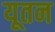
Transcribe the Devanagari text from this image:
यूतन